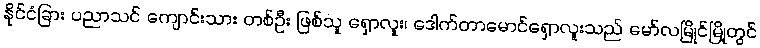
နိုင်ငံခြား ပညာသင် ကျောင်းသား တစ်ဦး ဖြစ်သူ ရှောလူး၊ ဒေါက်တာမောင်ရှောလူးသည် မော်လမြိုင်မြို့တွင်